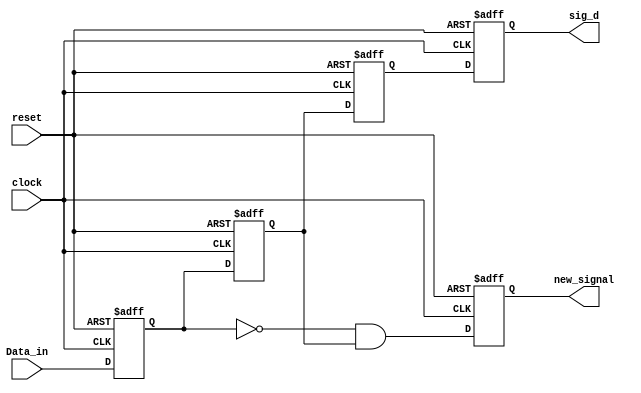
module shifter_1 (sig_d, new_signal, Data_in, clock, reset);
  output 		sig_d, new_signal;
  input 		Data_in, clock, reset;
  
  reg 		sig_a, sig_b, sig_c, sig_d, new_signal;

  always @  (posedge reset or posedge clock)
    begin if (reset == 1'b1)
      begin
        sig_a <= 0;
        sig_b <= 0;
        sig_c <= 0;
        sig_d <= 0;
        new_signal <= 0;
      end
    else
      begin 
        sig_a <= Data_in;
        sig_b <= sig_a;
        sig_c <= sig_b;
        sig_d <= sig_c;
        new_signal <= (~ sig_a) & sig_b;
      end
  end  
endmodule